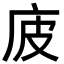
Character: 𢇳